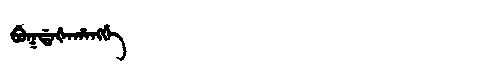
Manchu: ᠪᡠᡴᡩᠠᡧᠠᡥᠠᠩᡤᡝ
Romanization: BUKDAŠAHANGGE